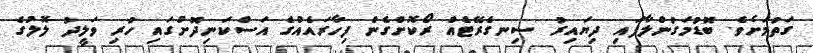
ގަތުމަށެވެ. ބޮޑުމަގުންލާފައި ދިޔައިރު ސިނގެރޭޓެއް ރޯކޮށްގެން ފިހާރައެއްގެ އަސްކަނިދޮށުގައި ހުރި ވަލީދު ލޮލުގެ